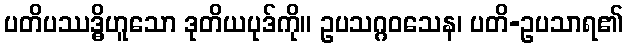
ပတိပဿဒ္ဓိဟူသော ဒုတိယပုဒ်ကို။ ဥပသဂ္ဂဝသေန၊ ပတိ-ဥပသာရ၏